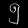
Digit: ၅